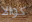
كوالا